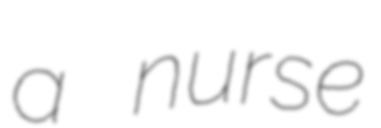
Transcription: a nurse